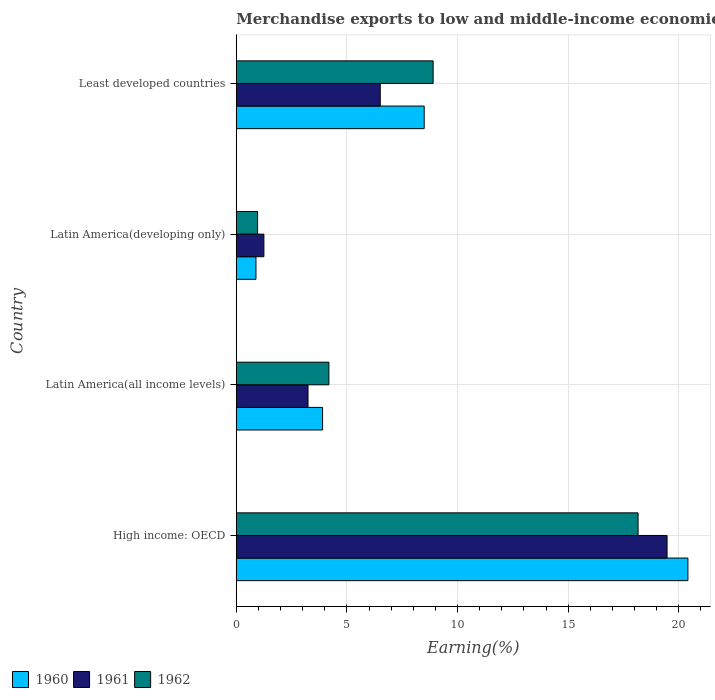
| Country | 1960 | 1961 | 1962 |
 | --- | --- | --- | --- |
 | High income: OECD | 20.4 | 19.5 | 18.2 |
 | Latin America(all income levels) | 3.9 | 3.24 | 4.19 |
 | Latin America(developing only) | 0.89 | 1.25 | 0.965 |
 | Least developed countries | 8.49 | 6.51 | 8.9 |